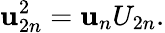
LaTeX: \mathbf{u}_{2n}^{2}=\mathbf{u}_{n}U_{2n}.